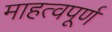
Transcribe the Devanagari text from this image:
माहत्वपूर्ण